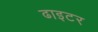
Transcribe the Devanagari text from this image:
ढाइटर